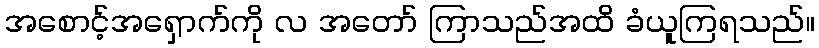
အစောင့်အရှောက်ကို လ အတော် ကြာသည်အထိ ခံယူကြရသည်။